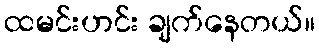
ထမင်းဟင်း ချက်နေတယ်။